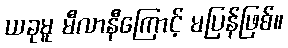
ယခုမူ မီလာနီကြောင့် မပြန်ဖြစ်။